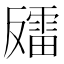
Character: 𫩍